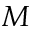
M